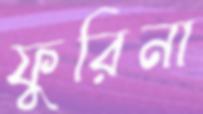
ফুরিনা